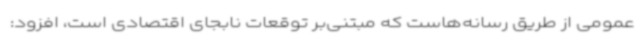
عمومی از طریق رسانه‌هاست که مبتنی‌بر توقعات نابجای اقتصادی است، افزود: